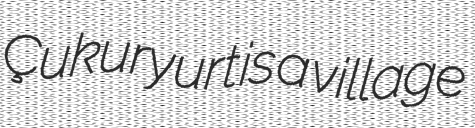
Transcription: Çukuryurt is a village